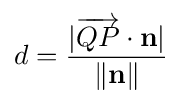
d={\frac {|{\overrightarrow {QP}}\cdot \mathbf {n} |}{\|\mathbf {n} \|}}